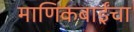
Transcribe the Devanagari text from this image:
माणिकबाईंचा